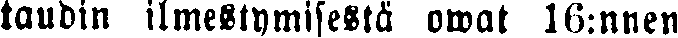
taudin ilmestymisestä owat 16:nnen